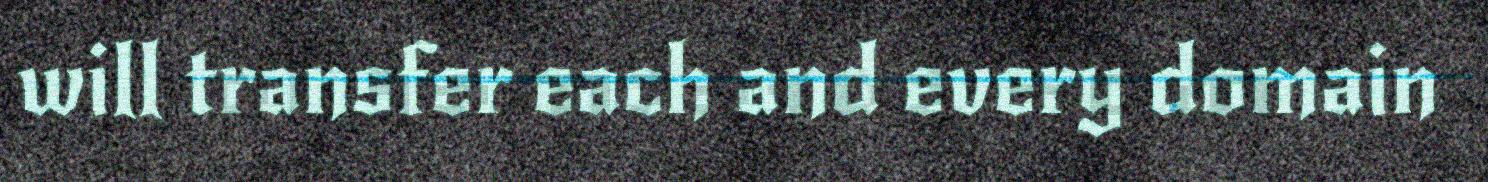
will transfer each and every domain